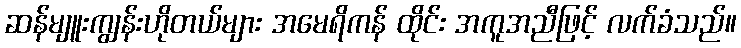
ဆန်မျူးကျွန်းဟိုတယ်များ အမေရိကန် ထိုင်း အကူအညီဖြင့် လက်ခံသည်။